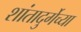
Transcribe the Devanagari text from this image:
शांतादुर्गेच्या